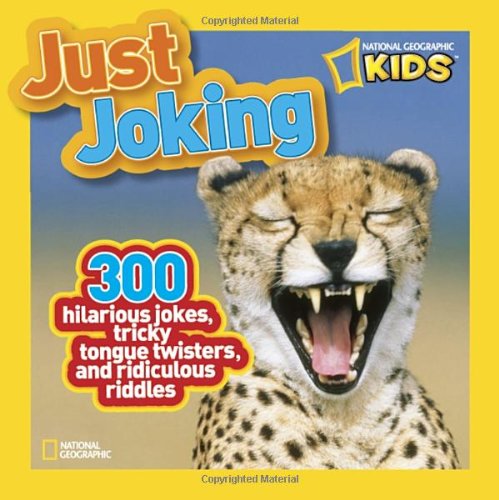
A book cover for National Geographic Kids Just Joking: 300 Hilarious Jokes, Tricky Tongue Twisters, and Ridiculous Riddles; National Geographic Kids; Children's Books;